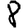
Digit: 8